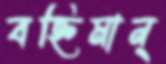
বহ্নিমান্‌